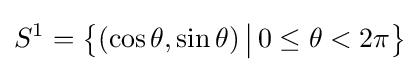
S^{1}={\bigl \{}(\cos \theta ,\sin \theta )\,{\big |}\,0\leq \theta <2\pi {\bigr \}}